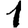
Digit: 1